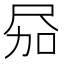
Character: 𪨎